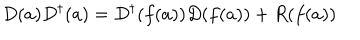
LaTeX: D ( a ) D ^ { \dagger } ( a ) = D ^ { \dagger } ( f ( a ) ) D ( f ( a ) ) + R ( f ( a ) )